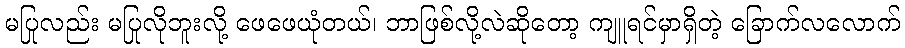
မပြုလည်း မပြုလိုဘူးလို့ ဖေဖေယုံတယ်၊ ဘာဖြစ်လို့လဲဆိုတော့ ကျူရင်မှာရှိတဲ့ ခြောက်လလောက်